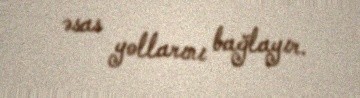
əsas yollarını bağlayır.